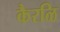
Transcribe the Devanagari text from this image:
कैरळि